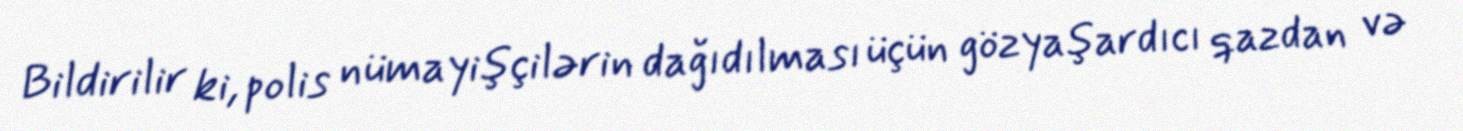
Bildirilir ki, polis nümayişçilərin dağıdılması üçün gözyaşardıcı qazdan və